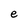
Character: e